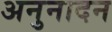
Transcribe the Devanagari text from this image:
अनुनादन